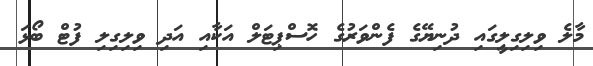
މާލެ ވިލިގިލީގައި ދުނިޔޭގެ ފެންވަރުގެ ހޮސްޕިޓަލް އަކާއި އަދި ވިލިގިލި ފުޓް ބޯޅަ